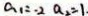
a _ { 1 } = - 2 a _ { 2 } = 1